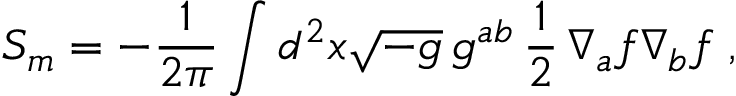
S _ { m } = - { \frac { 1 } { 2 \pi } } \int d ^ { 2 } x \sqrt { - g } \, g ^ { a b } \, { \frac { 1 } { 2 } } \, \nabla _ { a } f \nabla _ { b } f \; ,